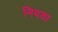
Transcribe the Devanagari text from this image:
निपता